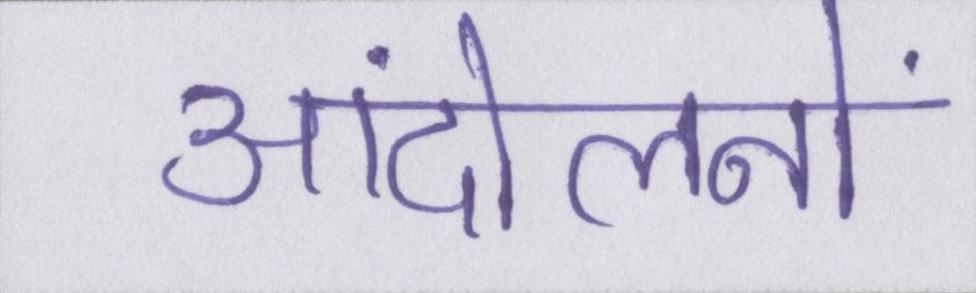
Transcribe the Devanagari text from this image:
आंदोलनों